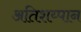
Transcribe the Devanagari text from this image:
अतिशय्पान